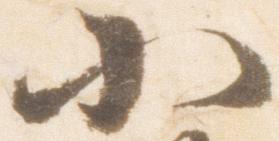
小